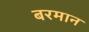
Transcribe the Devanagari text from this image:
बरमान